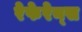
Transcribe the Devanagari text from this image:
रेफेरेन्‍स